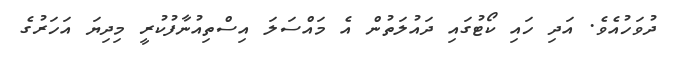
ދުވަހުއެވެ. އަދި ހައި ކޯޓުގައި ދައުލަތުން އެ މައްސަލަ އިސްތިއުނާފުކުރީ މިދިޔަ އަހަރުގެ